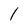
Character: I